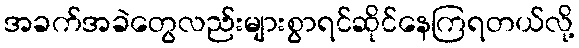
အခက်အခဲတွေလည်းများစွာရင်ဆိုင်နေကြရတယ်လို့